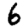
Digit: 6